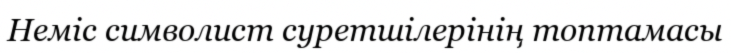
Неміс символист суретшілерінің топтамасы